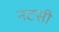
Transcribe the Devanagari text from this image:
नटसी